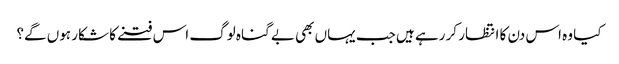
کیا وہ اس دن کا انتظار کر رہے ہیں جب یہاں بھی بے گناہ لوگ اس فتنے کا شکار ہوں گے؟